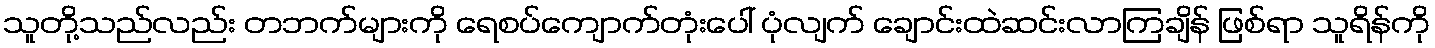
သူတို့သည်လည်း တဘက်များကို ရေစပ်ကျောက်တုံးပေါ် ပုံလျက် ချောင်းထဲဆင်းလာကြချိန် ဖြစ်ရာ သူရိန်ကို